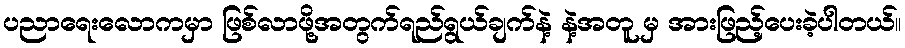
ပညာရေးလောကမှာ ဖြစ်လာဖို့အတွက်ရည်ရွယ်ချက်နဲ့ နဲ့အတူ မှ အားဖြည့်ပေးခဲ့ပါတယ်။